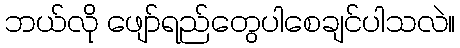
ဘယ်လို ဖျော်ရည်တွေပါစေချင်ပါသလဲ။